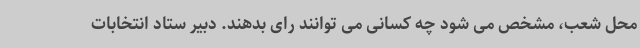
محل شعب، مشخص می شود چه کسانی می توانند رای بدهند. دبیر ستاد انتخابات